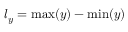
l _ { y } = \operatorname* { m a x } ( y ) - \operatorname* { m i n } ( y )